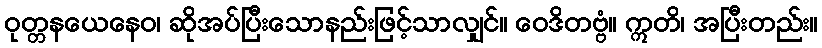
ဝုတ္တနယေနေဝ၊ ဆိုအပ်ပြီးသောနည်းဖြင့်သာလျှင်။ ဝေဒိတဗ္ဗံ။ ဣတိ၊ အပြီးတည်း။